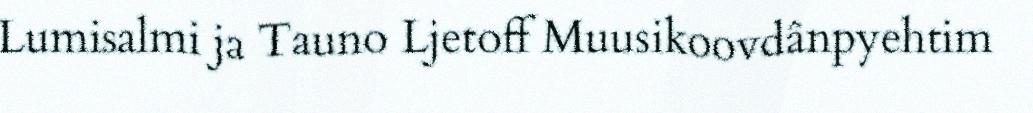
Lumisalmi ja Tauno Ljetoff Muusikoovdânpyehtim